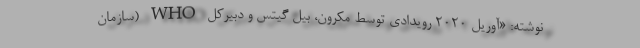
نوشته: «آوریل ۲۰۲۰ رویدادی توسط مکرون، بیل گیتس و دبیرکل WHO (سازمان